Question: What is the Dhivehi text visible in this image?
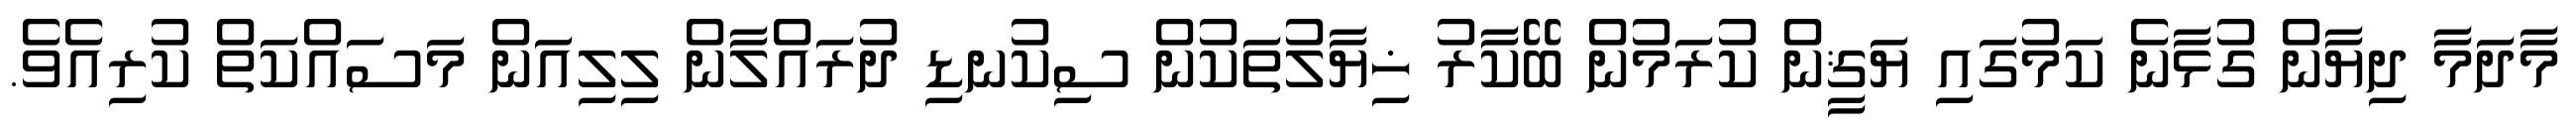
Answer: މާދަމާ ދިޔާން ގުޅާނެ ކަމުގައި ޔަޤީން ކުރަމުން ބޭކާރު ޚިޔާލުތަކުން ސިކުނޑި ދުރައްލާން ލިލިއަން މަސައްކަތް ކުރިއެވެ.